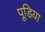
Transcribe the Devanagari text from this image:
पूडिया